65_HS1-834228961_62-HQ-83894_Section_9
Agency: FBI
Page 250
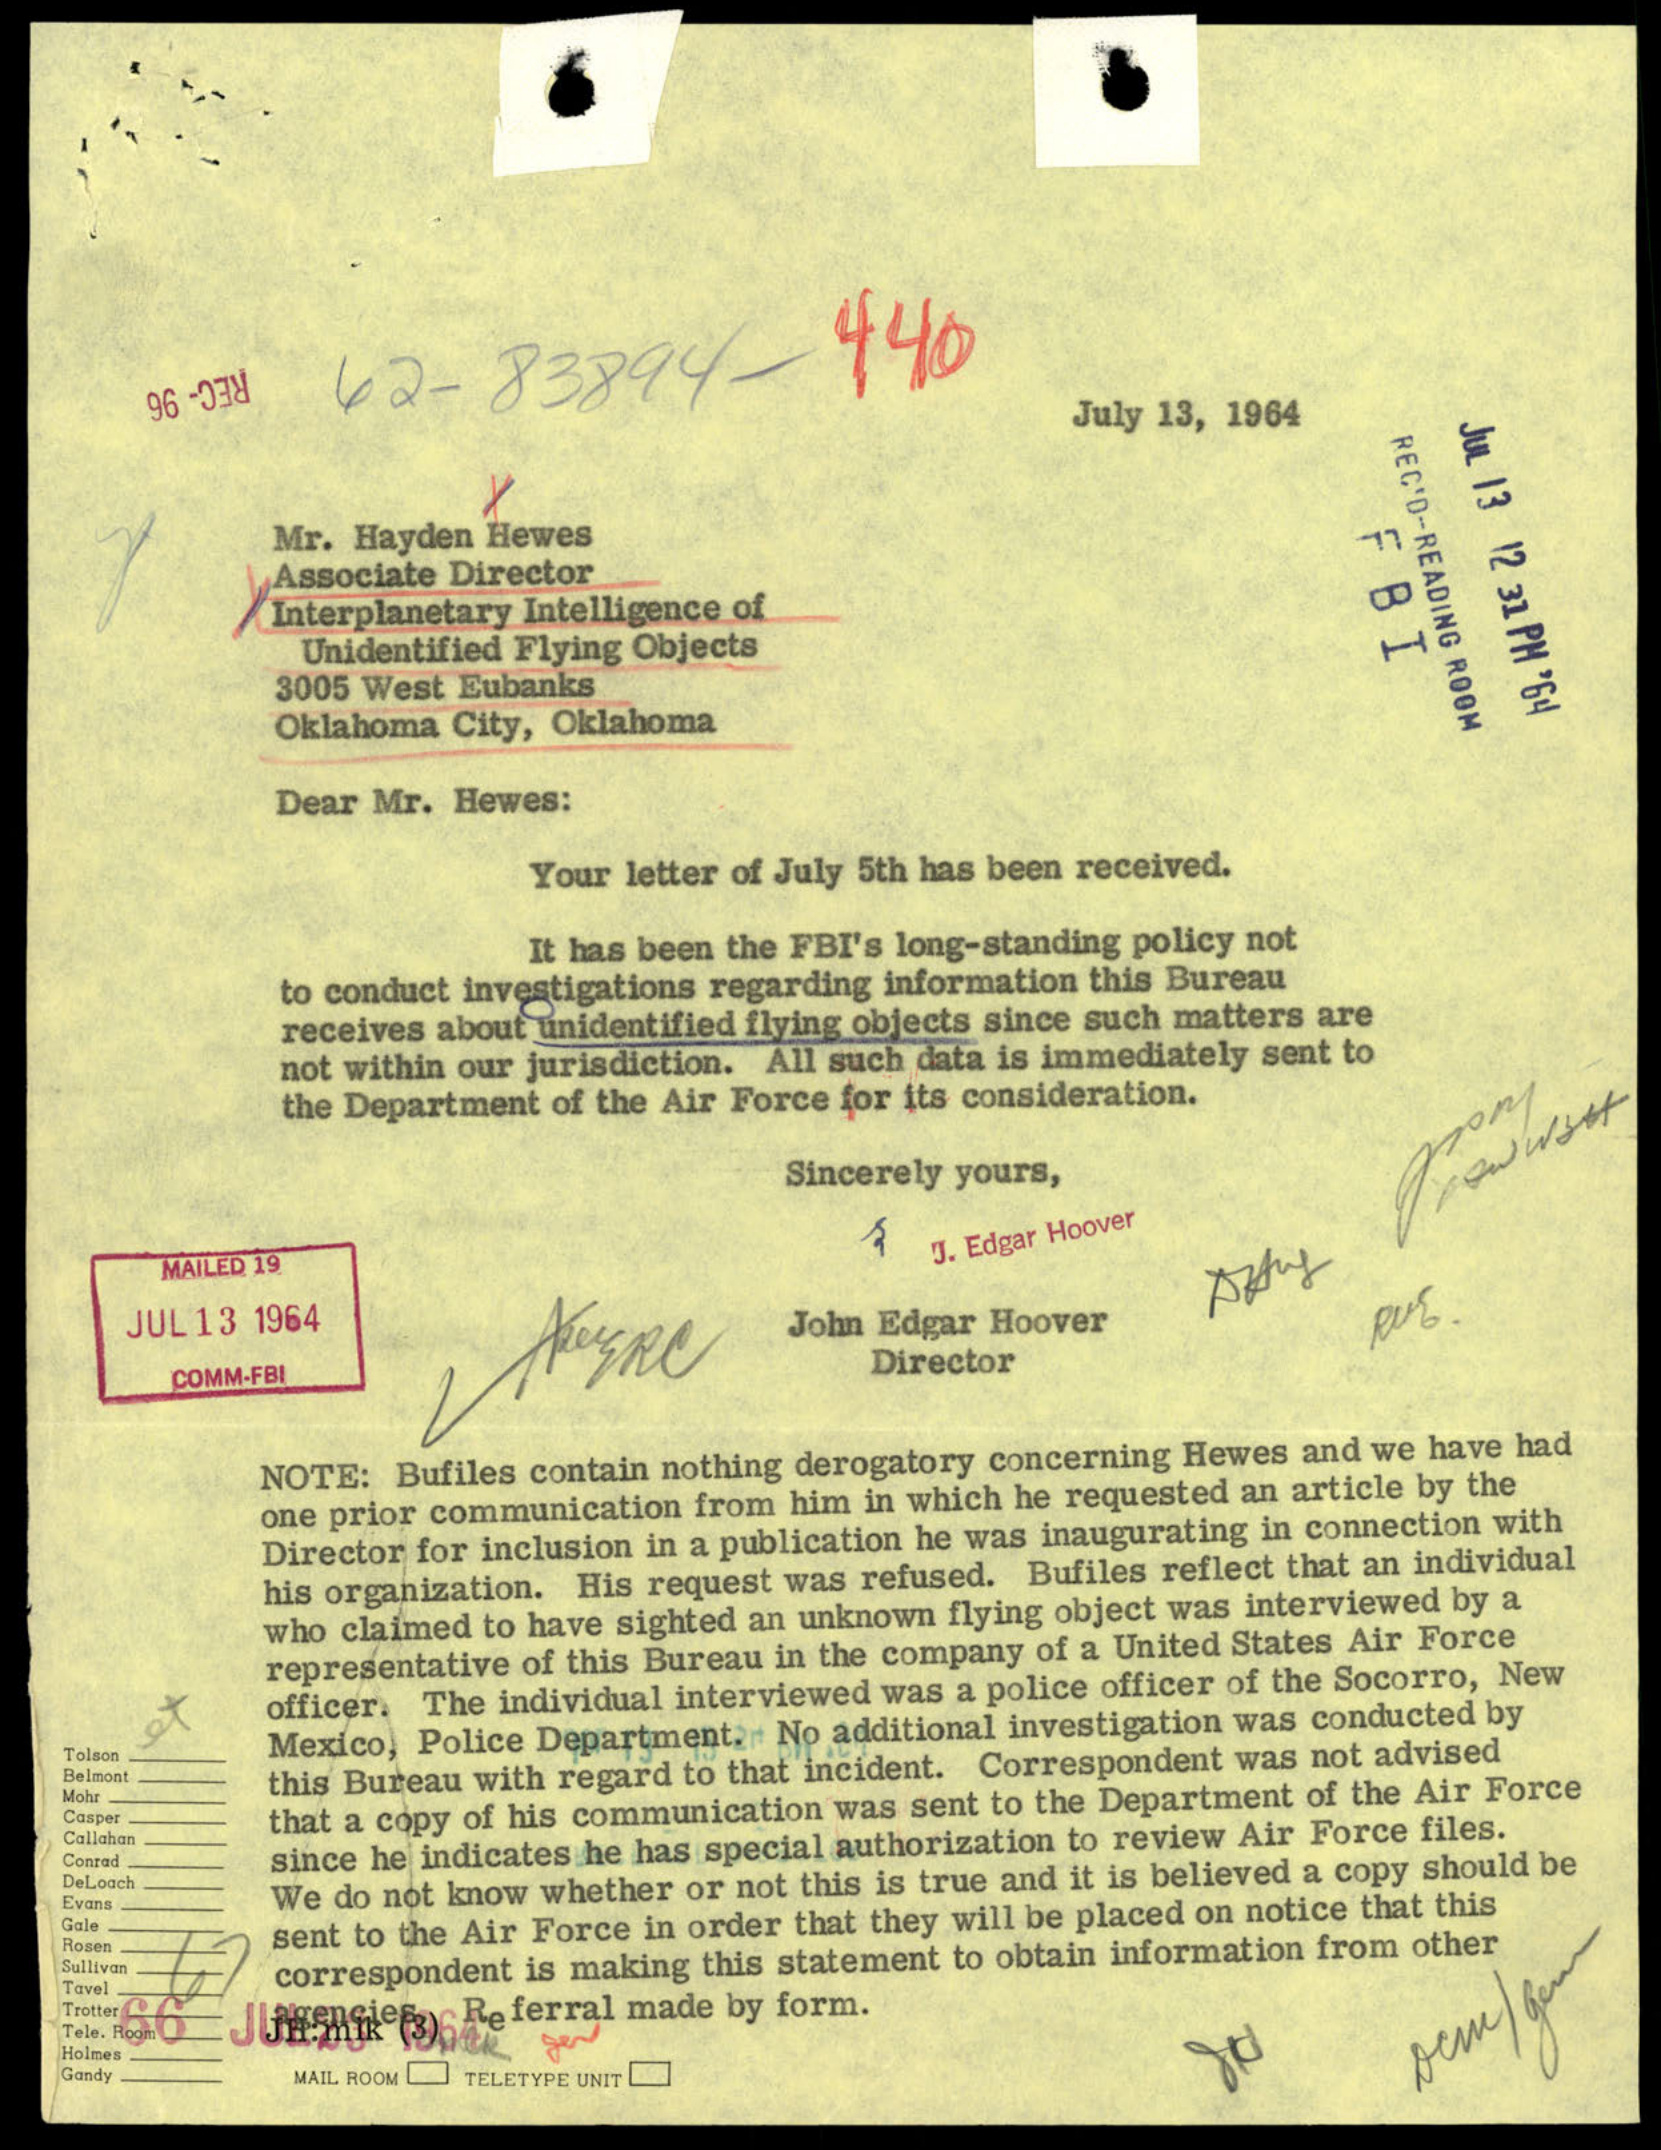